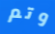
وتم